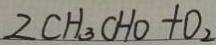
2 C H _ { 3 } C H O + O _ { 2 }